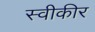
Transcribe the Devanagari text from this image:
स्वीकीर